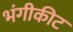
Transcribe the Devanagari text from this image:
भंगीकीट